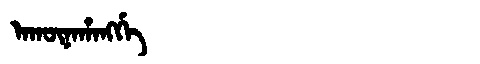
Manchu: ᠠᡴᡡᠨᠠᡥᠠᠩᡤᡝ
Romanization: AKŪNAHANGGE